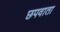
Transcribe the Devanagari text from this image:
छपवाता